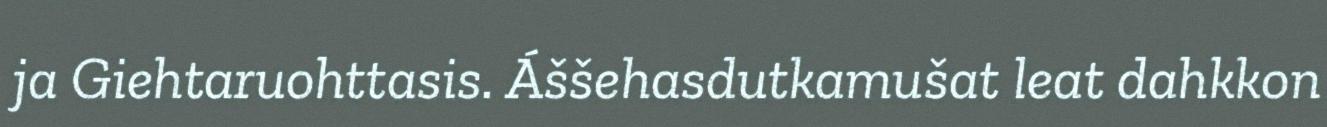
ja Giehtaruohttasis. Áššehasdutkamušat leat dahkkon